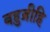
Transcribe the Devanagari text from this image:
बहुब्रीहि